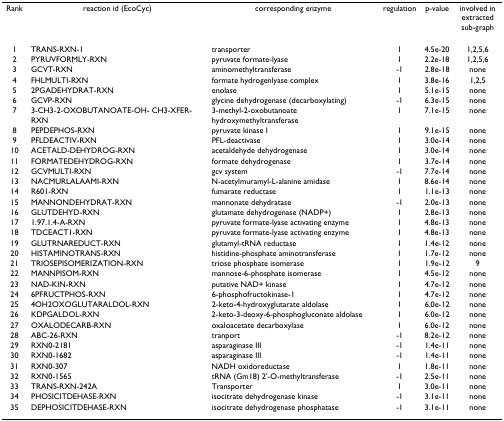
<table><thead><tr><td><b>Rank</b></td><td><b>reaction id (EcoCyc)</b></td><td><b>corresponding enzyme</b></td><td><b>regulation</b></td><td><b>p-value</b></td><td><b>involved in extracted sub-graph</b></td></tr></thead><tbody><tr><td>1</td><td>TRANS-RXN-1</td><td>transporter</td><td>1</td><td>4.5e-20</td><td>1,2,5,6</td></tr><tr><td>2</td><td>PYRUVFORMLY-RXN</td><td>pyruvate formate-lyase</td><td>1</td><td>2.2e-18</td><td>1,2,5,6</td></tr><tr><td>3</td><td>GCVT-RXN</td><td>aminomethyltransferase</td><td>-1</td><td>2.8e-18</td><td>none</td></tr><tr><td>4</td><td>FHLMULTI-RXN</td><td>formate hydrogenlyase complex</td><td>1</td><td>3.8e-16</td><td>1,2,5</td></tr><tr><td>5</td><td>2PGADEHYDRAT-RXN</td><td>enolase</td><td>1</td><td>5.1e-15</td><td>none</td></tr><tr><td>6</td><td>GCVP-RXN</td><td>glycine dehydrogenase (decarboxylating)</td><td>-1</td><td>6.3e-15</td><td>none</td></tr><tr><td>7</td><td>3-CH3-2-OXOBUTANOATE-OH- CH3-XFER-RXN</td><td>3-methyl-2-oxobutanoate hydroxymethyltransferase</td><td>1</td><td>7.1e-15</td><td>none</td></tr><tr><td>8</td><td>PEPDEPHOS-RXN</td><td>pyruvate kinase I</td><td>1</td><td>9.1e-15</td><td>none</td></tr><tr><td>9</td><td>PFLDEACTIV-RXN</td><td>PFL-deactivase</td><td>1</td><td>3.0e-14</td><td>none</td></tr><tr><td>10</td><td>ACETALD-DEHYDROG-RXN</td><td>acetaldehyde dehydrogenase</td><td>1</td><td>3.0e-14</td><td>none</td></tr><tr><td>11</td><td>FORMATEDEHYDROG-RXN</td><td>formate dehydrogenase</td><td>1</td><td>3.7e-14</td><td>none</td></tr><tr><td>12</td><td>GCVMULTI-RXN</td><td>gcv system</td><td>-1</td><td>7.7e-14</td><td>none</td></tr><tr><td>13</td><td>NACMURLALAAMI-RXN</td><td>N-acetylmuramyl-L-alanine amidase</td><td>1</td><td>8.6e-14</td><td>none</td></tr><tr><td>14</td><td>R601-RXN</td><td>fumarate reductase</td><td>1</td><td>1.1e-13</td><td>none</td></tr><tr><td>15</td><td>MANNONDEHYDRAT-RXN</td><td>mannonate dehydratase</td><td>-1</td><td>2.0e-13</td><td>none</td></tr><tr><td>16</td><td>GLUTDEHYD-RXN</td><td>glutamate dehydrogenase (NADP+)</td><td>1</td><td>2.8e-13</td><td>none</td></tr><tr><td>17</td><td>1.97.1.4-A-RXN</td><td>pyruvate formate-lyase activating enzyme</td><td>1</td><td>4.8e-13</td><td>none</td></tr><tr><td>18</td><td>TDCEACT1-RXN</td><td>pyruvate formate-lyase activating enzyme</td><td>1</td><td>4.8e-13</td><td>none</td></tr><tr><td>19</td><td>GLUTRNAREDUCT-RXN</td><td>glutamyl-tRNA reductase</td><td>1</td><td>1.4e-12</td><td>none</td></tr><tr><td>20</td><td>HISTAMINOTRANS-RXN</td><td>histidine-phosphate aminotransferase</td><td>1</td><td>1.7e-12</td><td>none</td></tr><tr><td>21</td><td>TRIOSEPISOMERIZATION-RXN</td><td>triose phosphate isomerase</td><td>1</td><td>1.9e-12</td><td>9</td></tr><tr><td>22</td><td>MANNPISOM-RXN</td><td>mannose-6-phosphate isomerase</td><td>1</td><td>4.5e-12</td><td>none</td></tr><tr><td>23</td><td>NAD-KIN-RXN</td><td>putative NAD+ kinase</td><td>1</td><td>4.7e-12</td><td>none</td></tr><tr><td>24</td><td>6PFRUCTPHOS-RXN</td><td>6-phosphofructokinase-1</td><td>1</td><td>4.7e-12</td><td>none</td></tr><tr><td>25</td><td>4OH2OXOGLUTARALDOL-RXN</td><td>2-keto-4-hydroxyglutarate aldolase</td><td>1</td><td>6.0e-12</td><td>none</td></tr><tr><td>26</td><td>KDPGALDOL-RXN</td><td>2-keto-3-deoxy-6-phosphogluconate aldolase</td><td>1</td><td>6.0e-12</td><td>none</td></tr><tr><td>27</td><td>OXALODECARB-RXN</td><td>oxaloacetate decarboxylase</td><td>1</td><td>6.0e-12</td><td>none</td></tr><tr><td>28</td><td>ABC-26-RXN</td><td>tranport</td><td>-1</td><td>8.2e-12</td><td>none</td></tr><tr><td>29</td><td>RXN0-2181</td><td>asparaginase III</td><td>-1</td><td>1.4e-11</td><td>none</td></tr><tr><td>30</td><td>RXN0-1682</td><td>asparaginase III</td><td>-1</td><td>1.4e-11</td><td>none</td></tr><tr><td>31</td><td>RXN0-307</td><td>NADH oxidoreductase</td><td>1</td><td>1.8e-11</td><td>none</td></tr><tr><td>32</td><td>RXN0-1565</td><td>tRNA (Gm18) 2&#x27;-O-methyltransferase</td><td>-1</td><td>2.5e-11</td><td>none</td></tr><tr><td>33</td><td>TRANS-RXN-242A</td><td>Transporter</td><td>1</td><td>3.0e-11</td><td>none</td></tr><tr><td>34</td><td>PHOSICITDEHASE-RXN</td><td>isocitrate dehydrogenase kinase</td><td>-1</td><td>3.1e-11</td><td>none</td></tr><tr><td>35</td><td>DEPHOSICITDEHASE-RXN</td><td>isocitrate dehydrogenase phosphatase</td><td>-1</td><td>3.1e-11</td><td>none</td></tr></tbody></table>